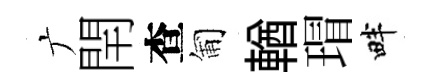
广閈查匍輶瑁畔